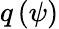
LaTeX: q\left(\psi\right)